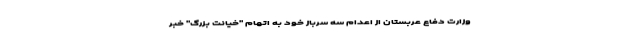
وزارت دفاع عربستان از اعدام سه سرباز خود به اتهام "خیانت بزرگ" خبر